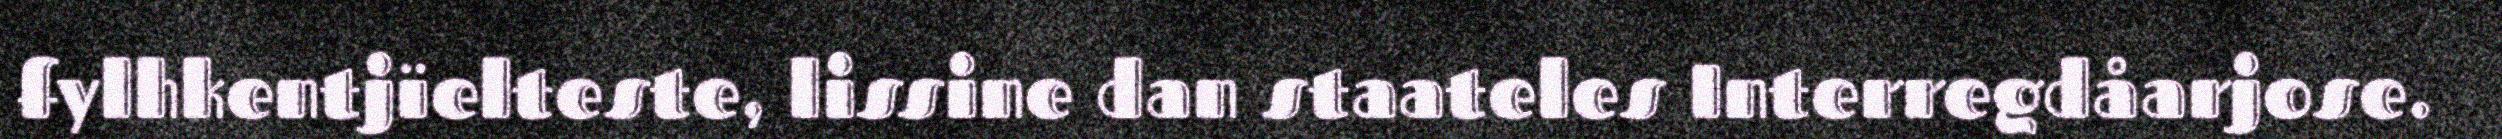
fylhkentjïelteste, lissine dan staateles Interregdåarjose.